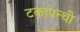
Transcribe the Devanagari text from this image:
टकापन्थी